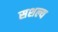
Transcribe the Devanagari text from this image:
सशल्य